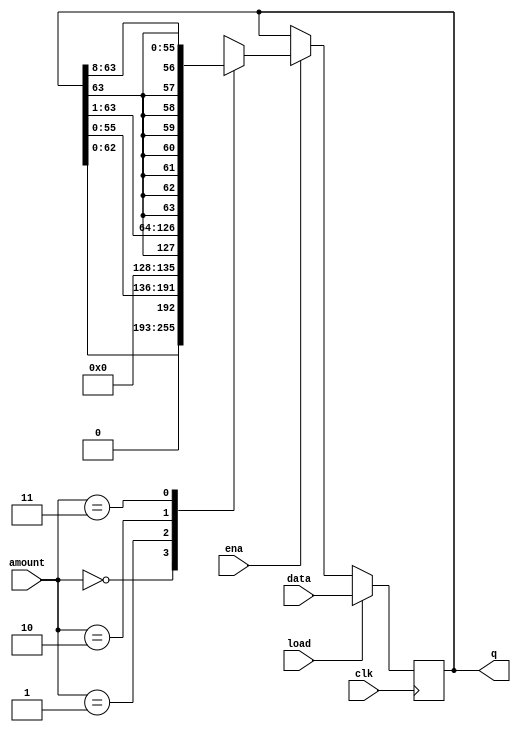
module top_module(
    input clk,
    input load,
    input ena,
    input [1:0] amount,
    input [63:0] data,
    output reg [63:0] q
); 
    always @(posedge clk) begin
        if (load) begin
            q <= data;
        end
        else if(ena) begin
            case (amount)
                2'b00 : q <= {q[62:0],1'b0};
                2'b01 : q <= {q[55:0],8'b0};
                2'b10 : q <= {q[63],q[63:1]};
                2'b11 : q <= {{8{q[63]}},q[63:8]};
            endcase
        end
    end
    
endmodule